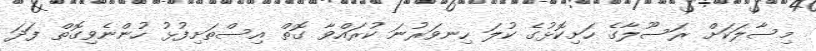
މިސާލަކަށް ރަސޫލާގެ ހަށިކޮޅުގެ ކުލަ ހިނވަރުނަ ކުރައްވާ ގޮތް އިސްތަށިފުޅު ހުންނެވިގޮތް ފަދަ